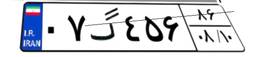
۰۱گ۹۶۰۴۳